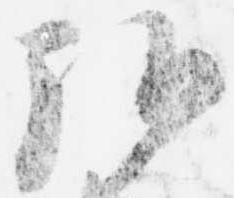
弘